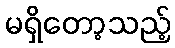
မရှိတော့သည့်